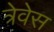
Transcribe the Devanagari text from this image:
त्रेवेस